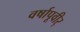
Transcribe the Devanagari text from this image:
वर्षापूवीर्